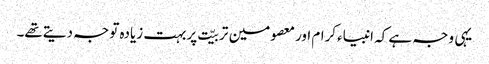
یہی وجہ ہے کہ انبیاءکرام اورمعصومین تربیّت پربہت زیادہ توجہ دیتےتھے۔